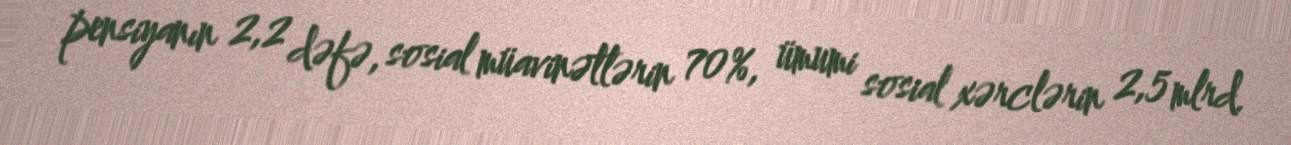
pensiyanın 2,2 dəfə, sosial müavinətlərin 70%, ümumi sosial xərclərin 2,5 mlrd.